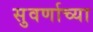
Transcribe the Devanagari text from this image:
सुवर्णाच्या